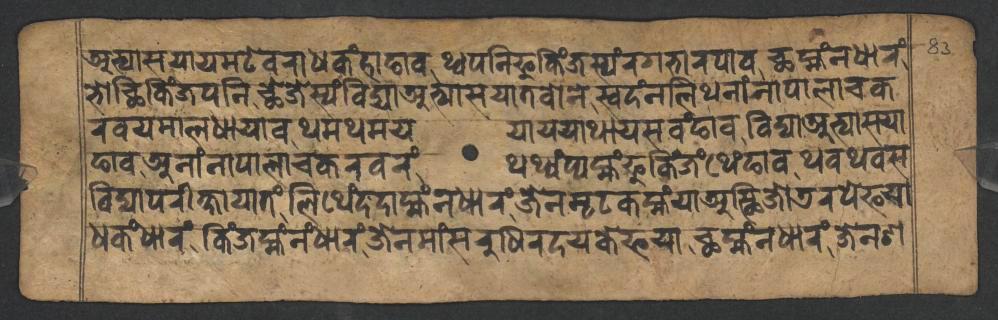
𑐀𑐨𑑂𑐫𑐵𑐳𑐫𑐵𑐫𑐩𑐚𑐾𑐰𑐬𑐵𑐢𑐎𑑄𑐴𑐵𑐫𑐵𑐰𑐠𑑂𑐰𑐥𑐣𑐶𑐦𑐸𑐎𑐶𑑄𑐖𑐳𑑂𑐫𑑄𑐬𑐐𑐨𑐵𑐬𑐥𑐵𑐰𑐕𑐩𑑂𑐴𑑄𑐣𑐢𑐵𑐬𑑄 𑐨𑑀𑐕𑐶𑐎𑐶𑑄𑐖𑐥𑐣𑐶𑐕𑐾𑐖𑐾𑐳𑑂𑐫𑑄𑐰𑐶𑐡𑑂𑐫𑐵𑐀𑐨𑑂𑐫𑐵𑐳𑐫𑐵𑐟𑐰𑑀𑐣𑐾𑐳𑑂𑐰𑐡𑑄𑐣𑐮𑐶𑐠𑐣𑐵𑑄𑐣𑐵𑐥𑐵𑐮𑐵𑐔𑐎 𑐬𑐰𑐫𑐩𑐵𑐮𑐢𑐵𑐫𑐵𑐰𑐠𑐩𑐠𑐩𑐫𑐫𑐵𑐫𑐫𑐵𑐠𑐵𑐫𑐳𑐰𑑄𑐒𑐵𑐰𑐰𑐶𑐡𑑂𑐫𑐵𑐀𑐨𑑂𑐫𑐵𑐳𑐫𑐵 𑐒𑐵𑐰𑐀𑐣𑐵𑑄𑐣𑐵𑐥𑐵𑐮𑐵𑐔𑐎𑐬𑐰𑐬𑑄𑐠𑐠𑑂𑐫𑑄𑐥𑑂𑐫𑐩𑑂𑐴𑑄𑐦𑐸𑐎𑐶𑑄𑐖𑑄𑐠𑐾𑑄𑐒𑐵𑐰𑐠𑐰𑐠𑐰𑐳 𑐰𑐶𑐡𑑂𑐫𑐵𑐥𑐬𑐷𑐎𑑂𑐲𑐵𑐫𑐵𑐟𑑄𑐮𑐶𑐠𑐾𑑄𑐡𑐡𑐵𑐩𑑂𑐴𑑄𑐣𑐢𑐵𑐬𑑄𑐖𑐾𑐣𑐩𑐺𑐚𑐎𑐩𑑂𑐴𑑄𑐫𑐵𑐀𑐳𑑂𑐠𑐶𑐖𑑀𑐜𑐬𑐥𑐾𑐦𑐫𑐵 𑐢𑐎𑑄𑐢𑐵𑐬𑑄𑐎𑐶𑑄𑐖𑐩𑑂𑐴𑑄𑐣𑑄𑐢𑐵𑐬𑑄𑐖𑐾𑐣𑐩𑐵𑑄𑐳𑐬𑐸𑐢𑐶𑐬𑐡𑐫𑐎𑐾𑐦𑐫𑐵𑐕𑐩𑑂𑐴𑑄𑐣𑐢𑐵𑐬𑑄𑐖𑐾𑐣𑐱